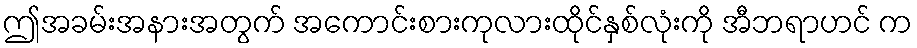
ဤအခမ်းအနားအတွက် အကောင်းစားကုလားထိုင်နှစ်လုံးကို အီဘရာဟင် က